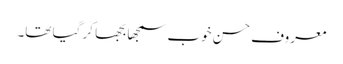
معروف حسن خوب سمجھا بجھا کر گیا تھا۔